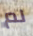
لم